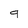
Character: 9